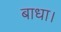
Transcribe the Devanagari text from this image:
बाधा।